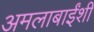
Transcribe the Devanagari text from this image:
अमलाबाईंशी